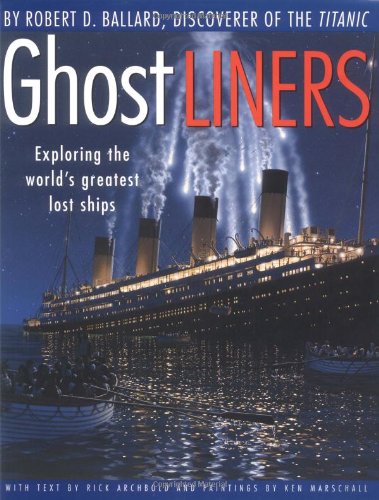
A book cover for Ghost Liners: Exploring the World's Greatest Lost Ships; Robert Ballard; Children's Books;